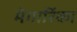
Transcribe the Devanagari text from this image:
मेगारिंका